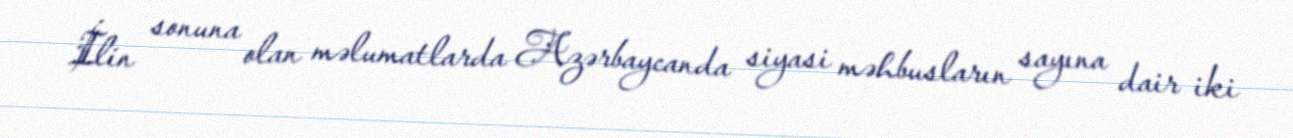
İlin sonuna olan məlumatlarda Azərbaycanda siyasi məhbusların sayına dair iki